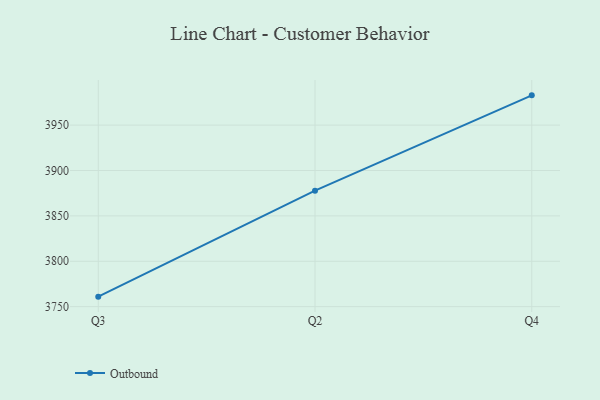
{"axis": {"x": "Quarter", "y": "Humidity (%)"}, "legend": ["Outbound"], "data": [{"x": "Q3", "y": 3761.0, "type": "Outbound"}, {"x": "Q2", "y": 3877.8, "type": "Outbound"}, {"x": "Q4", "y": 3982.8, "type": "Outbound"}]}